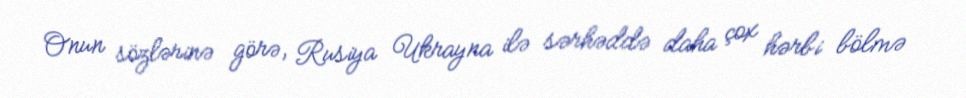
Onun sözlərinə görə, Rusiya Ukrayna ilə sərhəddə daha çox hərbi bölmə